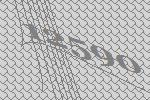
12590